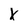
Character: X